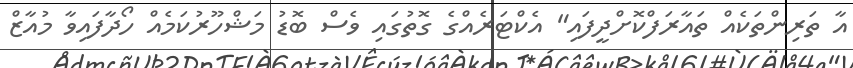
އާ ތަރިންތަކެއް ތައާރަފްކޮށްދީފައި" އެކްޓަރެއްގެ ގޮތުގައި ވެސް ބޮޑު މަޝްހޫރުކަމެއް ހޯދާފައިވާ މުއާޒް